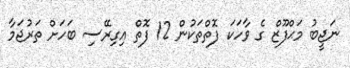
ނަޖީބު މަޙްފޫޒް ގެ ވާހަކަ ފޮތްތަކުން 12 ފޮތް އިގިރޭސި ބަހަށް ތަރުޖަމާ